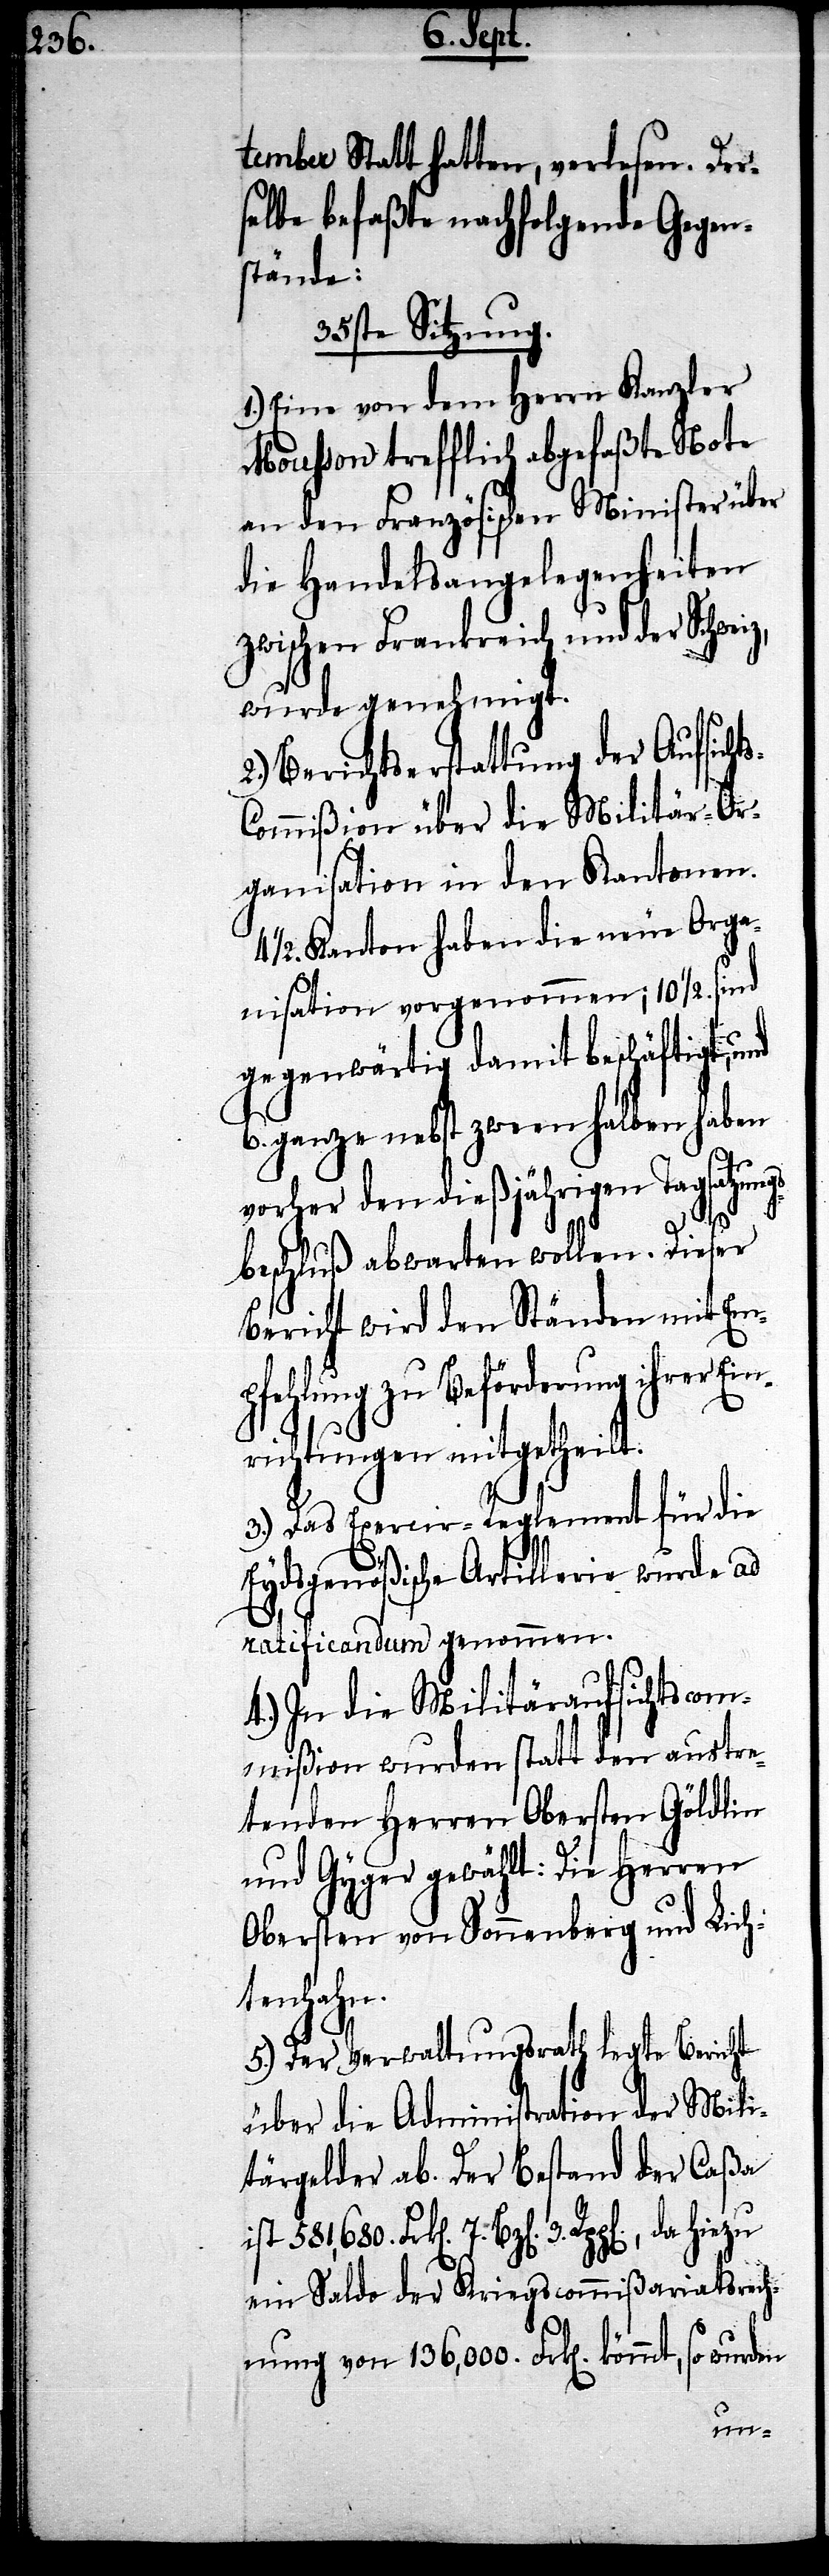
tember Statt hatten, verlesen. Der¬
selbe befaßte nachfolgende Gegen¬
stände:
35ste Sitzung.
1.) Eine von dem Herrn Kanzler
Mousson trefflich abgefaßte Note
an den Französischen Minister über
die Handelsangelegenheiten
zwischen Frankreich und der Schweiz,
wurde genehmigt.
2.) Berichtserstattung der Aufsicht¬
ommißion über die Militär-Or¬
ganisation in den Kantonen.
4 ½. Kanton haben die neue Orga¬
nisation vorgenommen; 10 ½. sind
gegenwärtig damit beschäftigt, und
6. ganze nebst zweeen halben haben
vorher den dießjährigen Tagsatzung¬
s-C¬
sbeschluß abwarten wollen. Dieser
Bericht wird den Ständen mit Em¬
pfehlung zu Beförderung ihrer Ein¬
richtungen mitgetheilt.
3.) Das Exercir-Reglement für die
Eydsgenößische Artillerie wurde ad
ratificandum genommen.
4.) In die Militäraufsichtscom¬
mißion wurden statt den austre¬
tenden Herren Obersten Göldlin
und Gyger gewählt: Die Herren
Obersten von Sonnenberg und Lich¬
tenhahn.
5.) Der Verwaltungsrath legte Bericht
über die Administration der Mili¬
tärgelder ab. Der Bestand der Caßa
n]. 3. Rpp[en]., da hiezu
ein Saldo der Kriegscommißariatsrech¬
nung von 136,000. Frk[en]. kömmt,